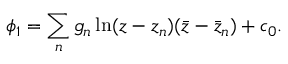
\phi _ { 1 } = \sum _ { n } g _ { n } \ln ( z - z _ { n } ) ( \bar { z } - \bar { z } _ { n } ) + c _ { 0 } .